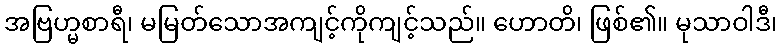
အဗြဟ္မစာရီ၊ မမြတ်သောအကျင့်ကိုကျင့်သည်။ ဟောတိ၊ ဖြစ်၏။ မုသာဝါဒီ၊